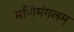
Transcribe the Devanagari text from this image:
मणिमंगलम्